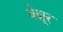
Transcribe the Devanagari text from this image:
बेन्नूर